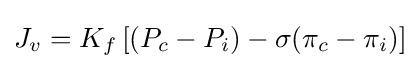
J_{v}=K_{f}\left[(P_{c}-P_{i})-\sigma (\pi _{c}-\pi _{i})\right]